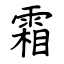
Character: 霜